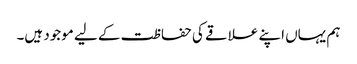
ہم یہاں اپنے علاقے کی حفاظت کے لیے موجود ہیں۔